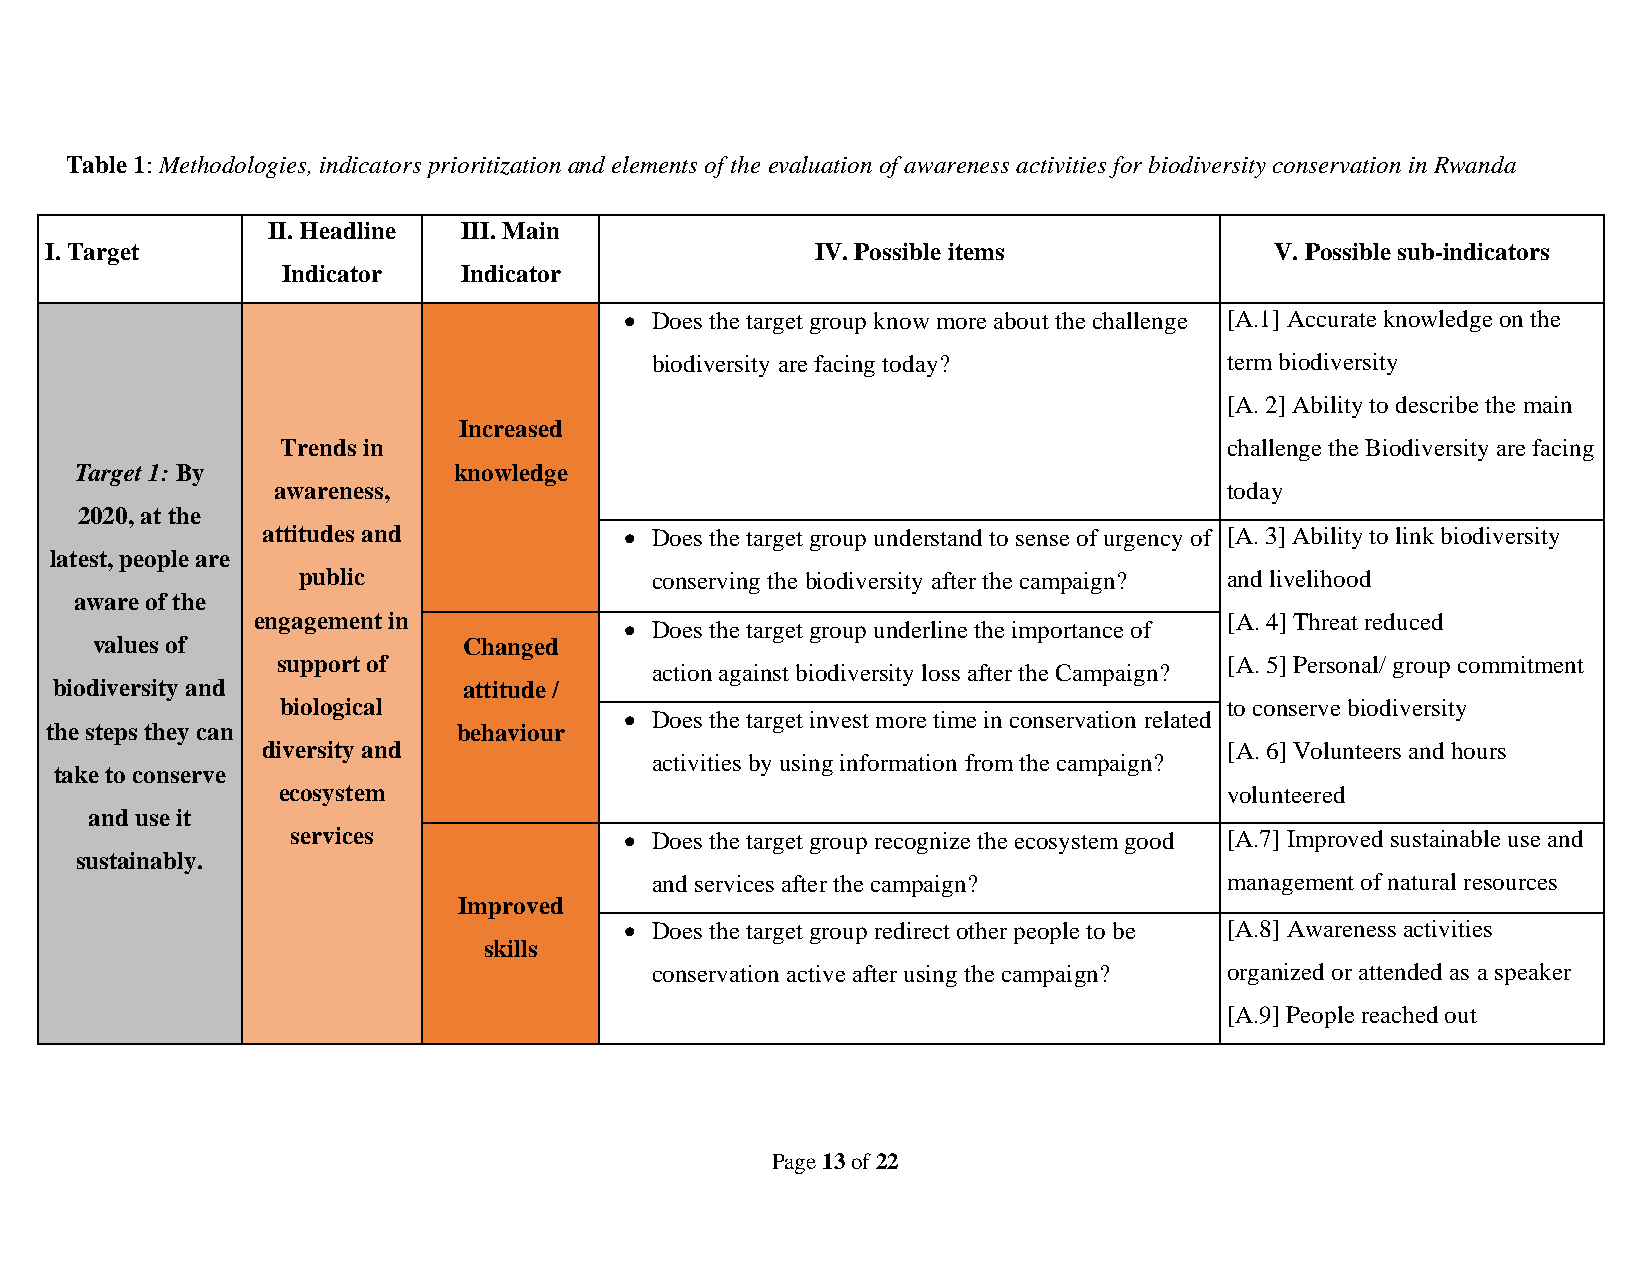
Table 1: Methodologies, indicators prioritization and elements of the evaluation of awareness activities for biodiversity conservation in Rwanda
 II. Headline III. Main
 I. Target                                          IV. Possible items            V. Possible sub-indicators
 Indicator  Indicator
 • Does the target group know more about the challenge [A.1] Accurate knowledge on the
 biodiversity are facing today?        term biodiversity
 [A. 2] Ability to describe the main
 Increased
 Trends in                                                     challenge the Biodiversity are facing
 Target 1: By             knowledge
 awareness,                                                     today
 2020, at the
 attitudes and           • Does the target group understand to sense of urgency of [A. 3] Ability to link biodiversity
 latest, people are
 public                 conserving the biodiversity after the campaign? and livelihood
 aware of the
 engagement in                                                   [A. 4] Threat reduced
 • Does the target group underline the importance of
 values of                Changed
 support of                                                     [A. 5] Personal/ group commitment
 action against biodiversity loss after the Campaign?
 biodiversity and           attitude /
 biological                                                    to conserve biodiversity
 • Does the target invest more time in conservation related
 the steps they can         behaviour
 diversity and                                                   [A. 6] Volunteers and hours
 activities by using information from the campaign?
 take to conserve
 ecosystem                                                      volunteered
 and use it
 services              • Does the target group recognize the ecosystem good [A.7] Improved sustainable use and
 sustainably.
 and services after the campaign?      management of natural resources
 Improved
 • Does the target group redirect other people to be [A.8] Awareness activities
 skills
 conservation active after using the campaign? organized or attended as a speaker
 [A.9] People reached out
 Page 13 of 22